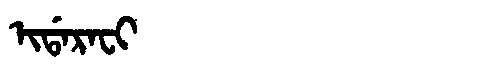
Manchu: ᡳᡩᠠᡵᠠᠸᡳ
Romanization: IDARAFI